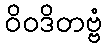
ဝိဝဒိတဗ္ဗံ